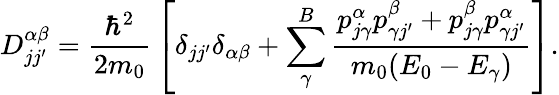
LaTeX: D_{jj^{\prime}}^{\alpha\beta}={\frac{\hbar^{2}}{2m_{0}}}\left[\delta_{jj^{\prime}}\delta_{\alpha\beta}+\sum_{\gamma}^{B}{\frac{p_{j\gamma}^{\alpha}p_{\gamma j^{\prime}}^{\beta}+p_{j\gamma}^{\beta}p_{\gamma j^{\prime}}^{\alpha}}{m_{0}(E_{0}-E_{\gamma})}}\right].